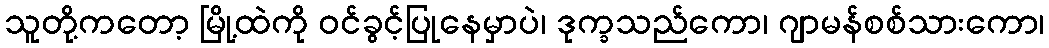
သူတို့ကတော့ မြို့ထဲကို ဝင်ခွင့်ပြုနေမှာပဲ၊ ဒုက္ခသည်ကော၊ ဂျာမန်စစ်သားကော၊